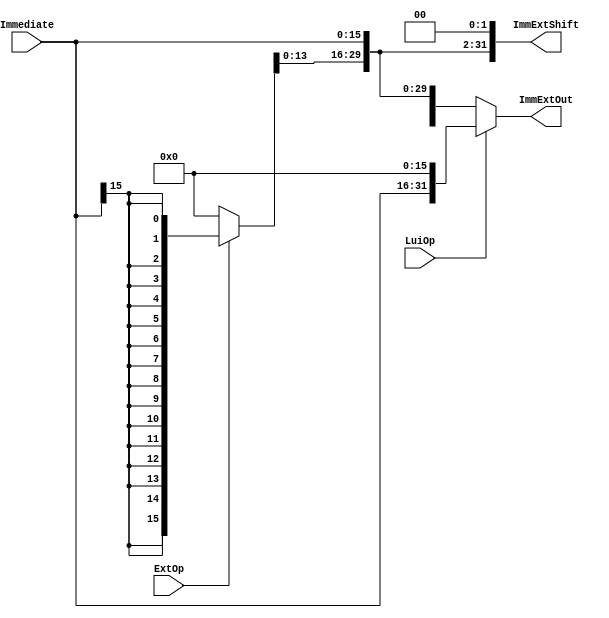
`timescale 1ns / 1ps
//////////////////////////////////////////////////////////////////////////////////
// Class: Fundamentals of Digital Logic and Processor
// Designer: Shulin Zeng
// 
// Design Name: MultiCycleCPU
// Module Name: ImmProcess
// Project Name: Multi-cycle-cpu
// Target Devices: 
// Tool Versions: 
// Description: 
// 
// Dependencies: 
// 
// Revision:
// Revision 0.01 - File Created
// Additional Comments:
// 
//////////////////////////////////////////////////////////////////////////////////


module ImmProcess(ExtOp, LuiOp, Immediate, ImmExtOut, ImmExtShift); 
    //Input Control Signals
    input ExtOp; //'0'-zero extension, '1'-signed extension
    input LuiOp; //for lui instruction
    //Input
    input [15:0] Immediate;
    //Output
    output [31:0] ImmExtOut;
    output [31:0] ImmExtShift;

    wire [31:0] ImmExt;
    
    assign ImmExt = {ExtOp? {16{Immediate[15]}}: 16'h0000, Immediate};
    assign ImmExtShift = ImmExt << 2;
    assign ImmExtOut = LuiOp? {Immediate, 16'h0000}: ImmExt;


endmodule